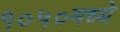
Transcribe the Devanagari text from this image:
१०५०मध्ये